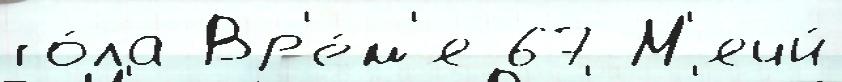
го́ла Вр'е́м'я 67 М'ячи́